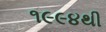
૧૯૯૪થી